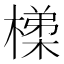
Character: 𭫴